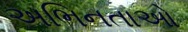
અભિનતાઓ